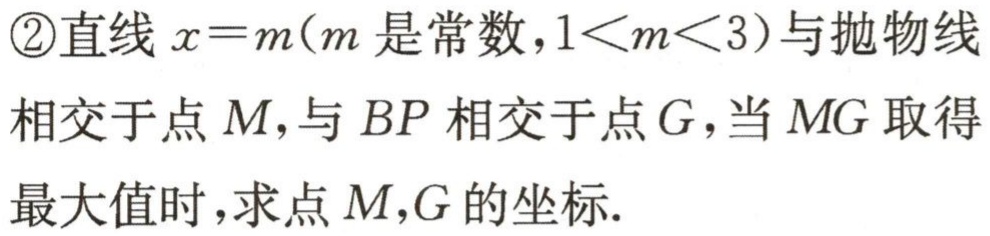
\textcircled{2}直线 \(x = m\)（\(m\)是常数，\(1<m<3\)）与抛物线相交于点 \(M\)，与 \(BP\) 相交于点 \(G\)，当 \(MG\) 取得最大值时，求点 \(M,G\) 的坐标.